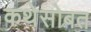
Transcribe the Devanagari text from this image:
कथेसोबत